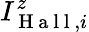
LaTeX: I_{\mathrm{~H~a~l~l~},i}^{z}